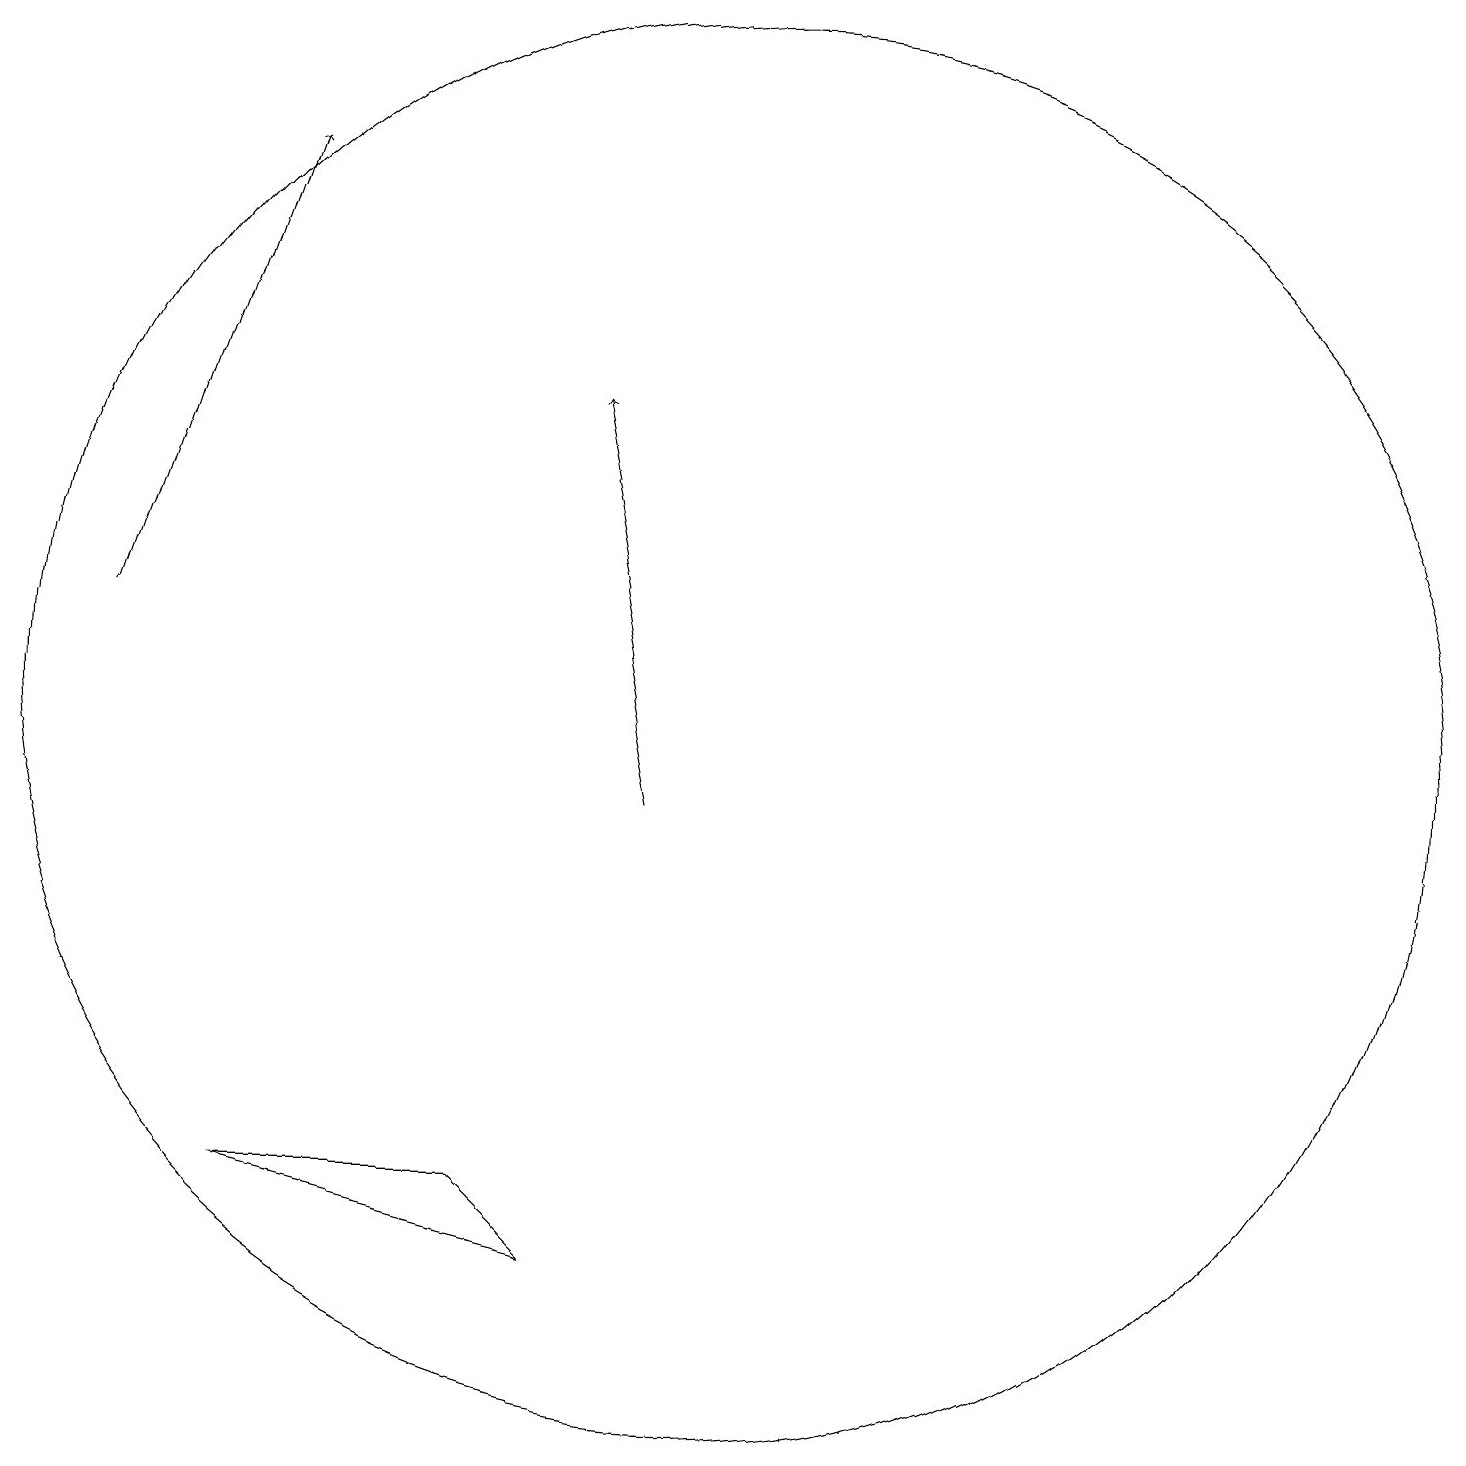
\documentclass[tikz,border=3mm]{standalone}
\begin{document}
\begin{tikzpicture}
\draw[->] (9,10) -- (8,15);
\draw (7,5) -- (4,5) -- (8,4) -- cycle;
\draw[->] (2,12) -- (4,18);
\draw (10,11) circle (9);
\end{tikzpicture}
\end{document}